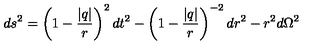
d s ^ { 2 } = \left( 1 - \frac { | q | } { r } \right) ^ { 2 } d t ^ { 2 } - \left( 1 - \frac { | q | } { r } \right) ^ { - 2 } d r ^ { 2 } - r ^ { 2 } d \Omega ^ { 2 }